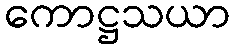
ကောဋ္ဌသယာ